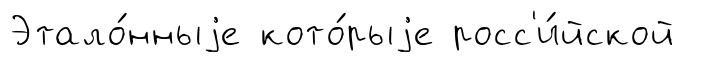
Этало́нныjе кото́рыjе росс'и́йской